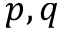
p , q